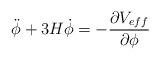
LaTeX: \begin{align*}\ddot{\phi}+3H\dot{\phi}=-\frac{{\partial}V_{eff}}{{\partial}{\phi}}\end{align*}